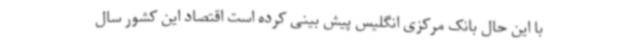
با این حال بانک مرکزی انگلیس پیش بینی کرده است اقتصاد این کشور سال